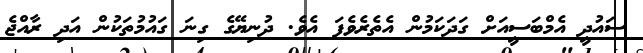
ސައުދީ އެމްބަސީއަށް ގަދަކަމުން އެތެރެވެފަ އެވެ. ދުނިޔޭގެ ގިނަ ގައުމުތަކުން އަދި ރާއްޖެ